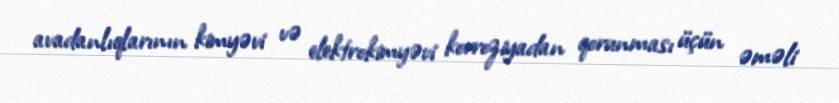
avadanlıqlarının kimyəvi və elektrokimyəvi korroziyadan qorunması üçün əməli